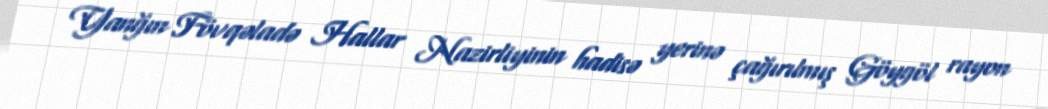
Yanğın Fövqəladə Hallar Nazirliyinin hadisə yerinə çağırılmış Göygöl rayon